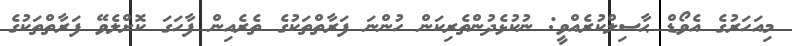
މިއަހަރުގެ އެވޯޑް ޙާސިލްކުރެއްވީ: ނުކުޅެދުންތެރިކަން ހުންނަ ފަރާތްތަކުގެ ތެރެއިން ފާހަގަ ކޮށްލެވޭ ފަރާތްތަކުގެ